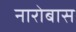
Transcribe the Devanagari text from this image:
नारोबास